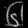
Digit: ၆